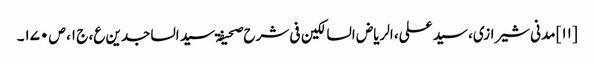
[۱۱] مدنی شیرازی، سید علی، الریاض السالکین فی شرح صحیفۃ سید الساجدین ع، ج ۱، ص ۱۷۰۔